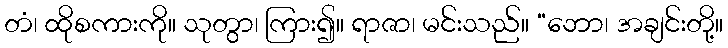
တံ၊ ထိုစကားကို။ သုတွာ၊ ကြား၍။ ရာဇာ၊ မင်းသည်။ “ဘော၊ အချင်းတို့။